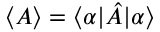
\langle A \rangle = \langle \alpha \vert \hat { A } \vert \alpha \rangle